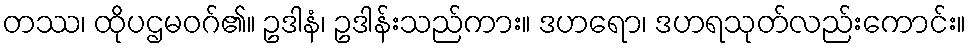
တဿ၊ ထိုပဌမဝဂ်၏။ ဥဒါနံ၊ ဥဒါန်းသည်ကား။ ဒဟရော၊ ဒဟရသုတ်လည်းကောင်း။